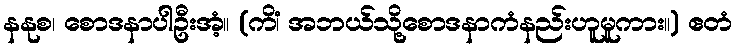
နနုစ၊ စောဒနာပါဦးအံ့။ (ကိံ၊ အဘယ်သို့စောဒနာကံနည်းဟူမူကား။) ဧတံ